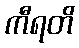
ကီရတိ